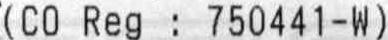
(CO REG : 750441-W)